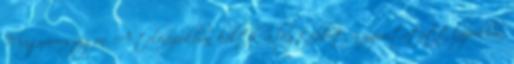
Magyarországon. A televíziókban költik a legtöbbet, a nyomtatott lapokban